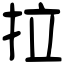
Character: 拉